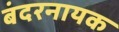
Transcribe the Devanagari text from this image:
बंदरनायक